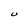
Character: U